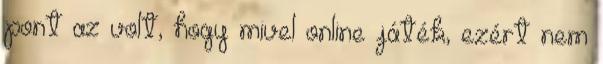
pont az volt, hogy mivel online játék, ezért nem